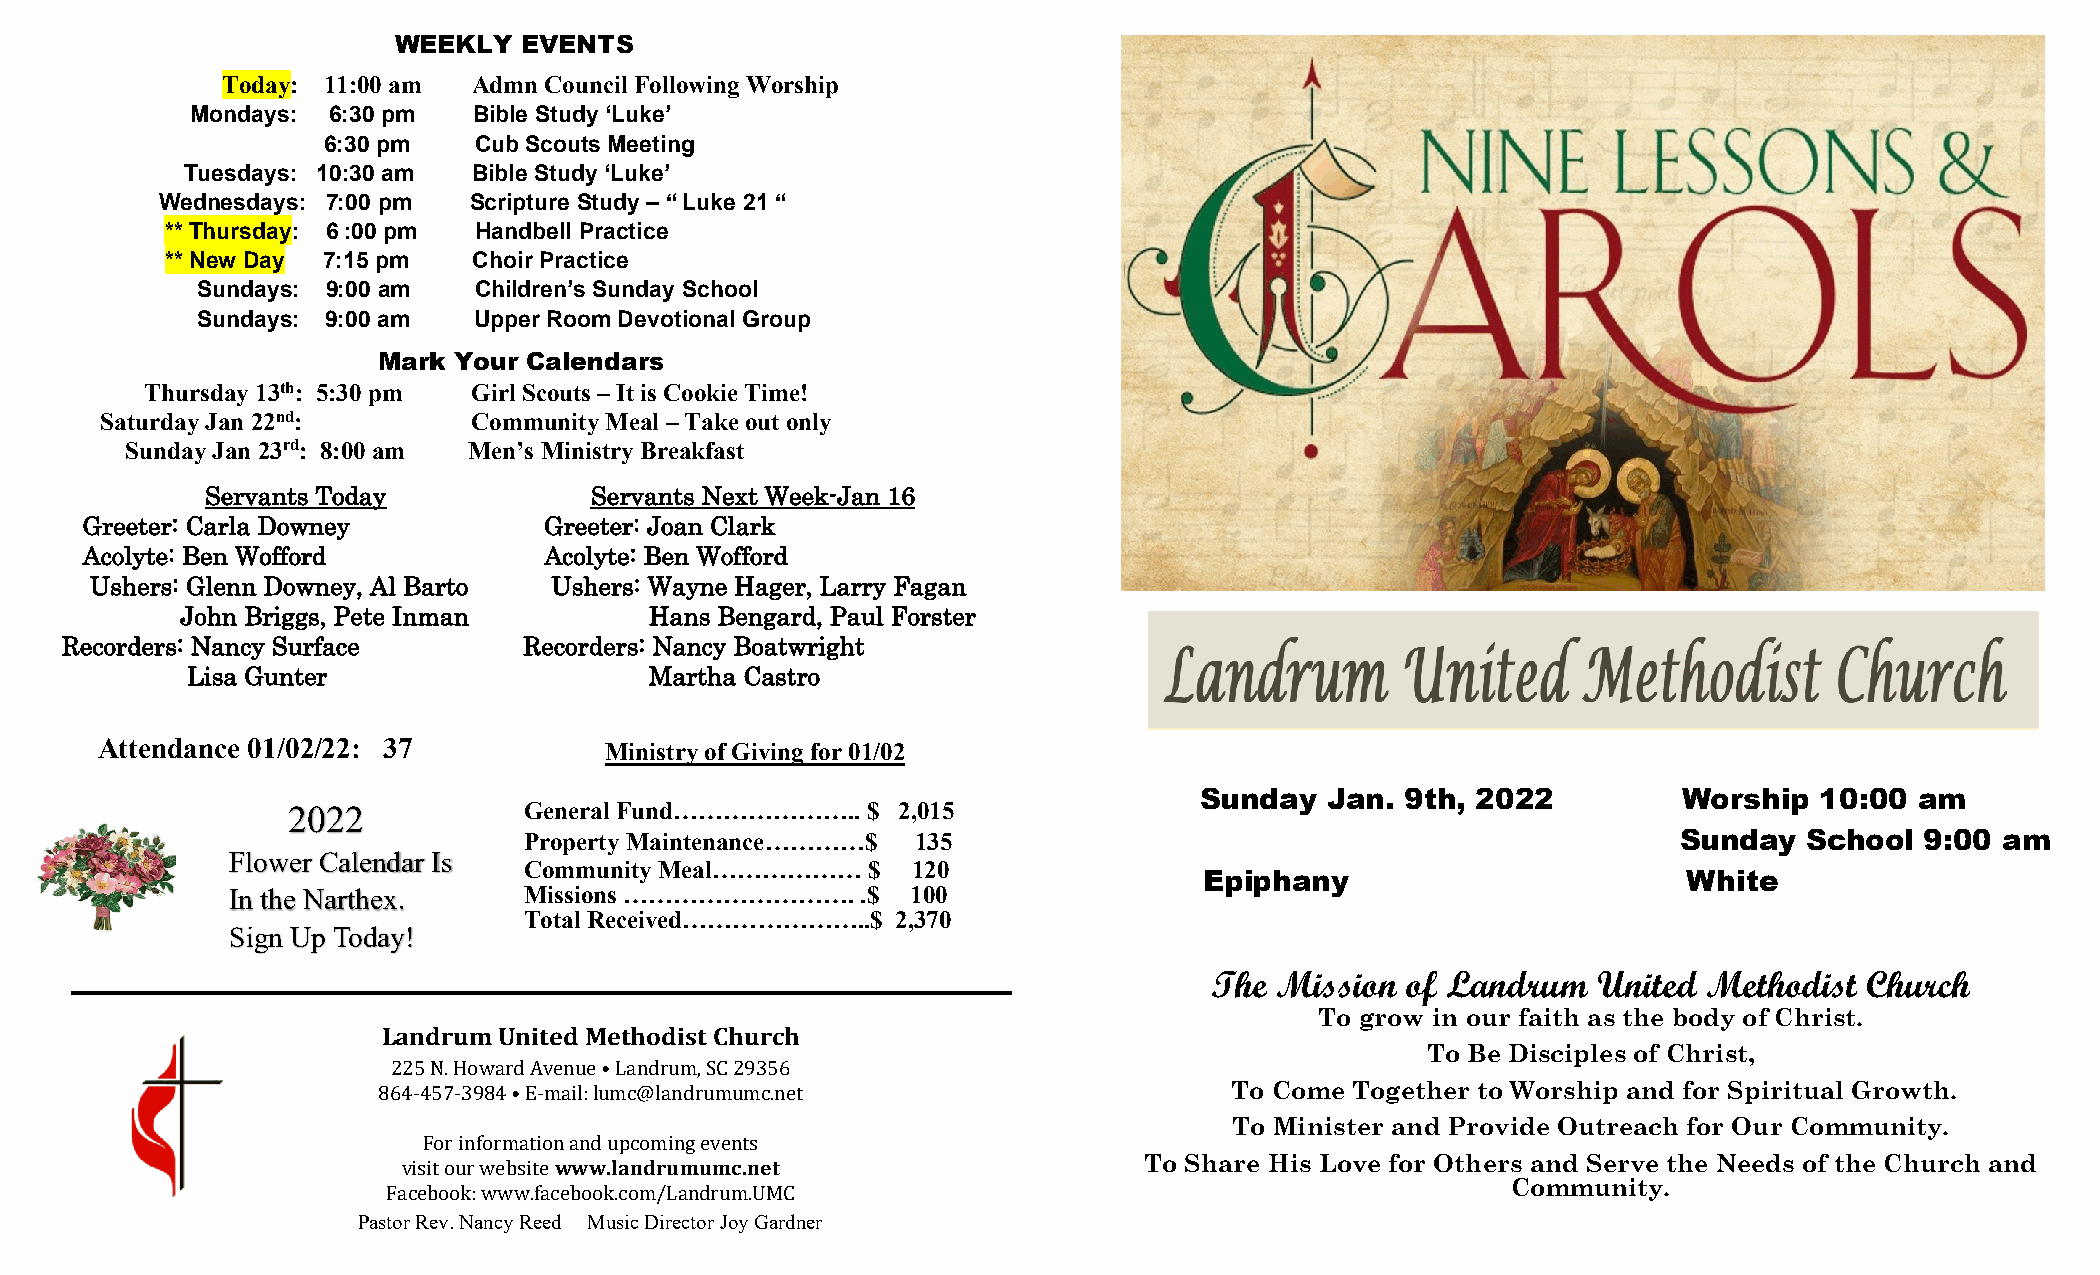
WEEK  L Y E V -- ENTS
 Today: 11:00 am Adm n Council Following Worship
 Mondays: 6:30 pm  Bibl e Study ‘Luke’
 6:30 pm   Cub Scouts Meeting
 Tuesdays: 10:30 am Bibl e Study ‘Luke’
 Alta r F Wl eo dw nee sr ds
 a
 t
 y
 sto
 :
 d a 7y
 :0
 0a r pe
 m
 g i v e n St
 c
 o
 ri
 pth tue
 r e Study – “ Luke 21 “
 ** ThGurlsodrayy: o 6f :G00 opdm Han dbell Practice
 ** New Day 7:15 pm  Choir Practice
 Sundays: 9:00 am  Children’s Sunday School
 Sundays: 9:00 am  Upp er Room Devotional Group
 Mark Your Calendars
 Thursday 13th: 5:30 pm Girl Scouts – It is Cookie Time!
 Saturday Jan 22nd:      Community Meal – Take out only
 Sunday Jan 23rd: 8:00 am Men’s Ministry Breakfast
 S e r v a n t s T o d a y Servants Next Week-Jan 16
 Gree t e r : C arla Downey     Greeter: Joan Clark
 Acol yte: Ben Wofford          Acolyte: Ben Wofford
 Ush ers: Glenn Downey, Al Barto Ushers: Wayne Hager, Larry Fagan
 John Briggs, Pete Inman        Hans Bengard, Paul Forster
 Recor ders: Nancy Surface      Recorders: Nancy Boatwright
 Lisa Gunter                    Martha Castro
 Attendance 01/02/22: 37           Ministry of Giving for 01/02
 2022            General Fund………………….. $ 2,015
 Sunday   Jan. 9th, 2022         Worship   10:00 am
 Property Maintenance…………$ 135                                               Sunday   School 9:00  am
 Flower Cal endar Is
 Community Meal………………  $  120
 Epiphany                        White
 In the Narthex.     Missions ……………………….   .$ 100
 Sign Up Today!
 Total Received…………………..$ 2,370
 The Mission  of Landrum   United Methodist  Church
 La ndr u m Unit ed Me thodist Ch u r ch
 To grow in our faith as the body of Christ.
 To Be Disciples of Christ,
 To Come Together to Worship and for Spiritual Growth.
 22 5 N. H oward Av enue • Landrum , SC 293 56
 To Minister and Provide Outreach for Our Community.
 864-457-3984 • E-mail: lumc@landrumumc.net
 www .landrumumc.net                    To Share His Love for Others and Serve the Needs of the Church and
 For inform ation an d upcoming events                                   Community.
 Past
 ov
 r
 i Rsi et
 v
 o
 .
 u Nr
 a
 w nce
 y
 b s Rit ee
 e d Music Dir ector Joy Gardn er
 Facebook: www.facebook.com/Landrum.UMC